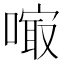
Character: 𠻕